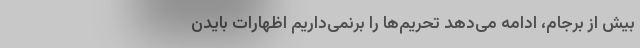
بیش از برجام، ادامه می‌دهد تحریم‌‌ها را برنمی‌داریم اظهارات بایدن